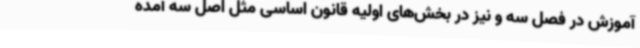
آموزش در فصل سه و نیز در بخش‌های اولیه قانون اساسی مثل اصل سه آمده